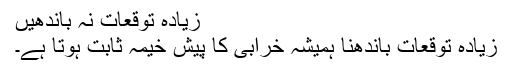
زیادہ توقعات نہ باندھیں
زیادہ توقعات باندھنا ہمیشہ خرابی کا پیش خیمہ ثابت ہوتا ہے۔